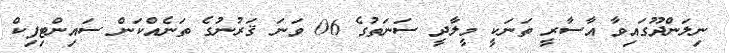
ނިލަންދޫގައިވާ އާސާރީ ތަނަކީ މީލާދީ ސަނަތުގެ 06 ވަނަ ޤަރުނުގެ ތަނެއްކަން ސައިންޓިފިކް